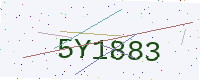
Text: 5Y1883